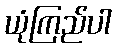
ယုံကြည်ပါ